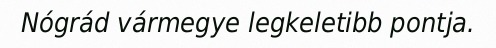
Nógrád vármegye legkeletibb pontja.